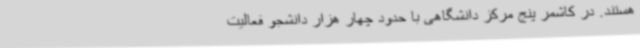
هستند. در کاشمر پنج مرکز دانشگاهی با حدود چهار هزار دانشجو فعالیت